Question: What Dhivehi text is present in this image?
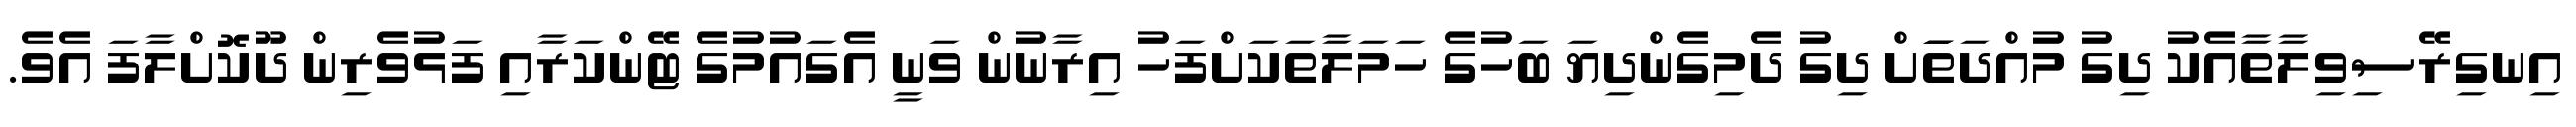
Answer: އިނގިރޭސިވިލާތާއެކު ދިގު މުއްދަތަަށް ދިގު ދެމިގެންދިޔަ ބަހުގެ ހަމަލާތަކަށްފަހު އިރާނުން ވަނީ އެގައުމުގެ ޓޭންކަރާއި ފަޅުވެރިން ދޫކޮށްލާފަ އެވެ.